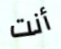
أنت